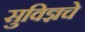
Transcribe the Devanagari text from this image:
सुविज्ञचे